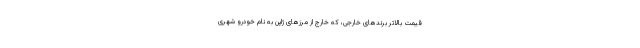
قیمت بالاتر برندهای خارجی، که خارج از مرزهای ژاپن به نام خودرو شهری